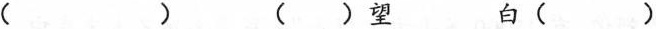
() () 望 白 ()